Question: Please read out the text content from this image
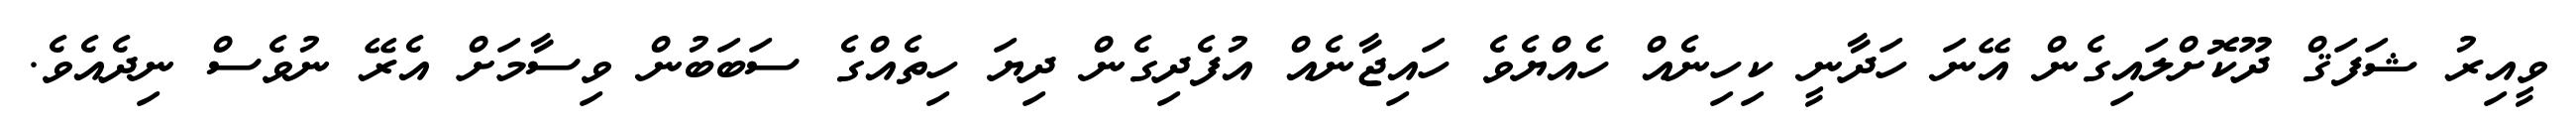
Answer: ވީއިރު ޝަފަޤް ދޫކޮށްލައިގެން އޭނަ ހަދާނީ ކިހިނެއް ހެއްޔެވެ ހައިޖާނެއް އުފެދިގެން ދިޔަ ހިތެއްގެ ސަބަބުން ވިސާމަށް އެރޭ ނުވެސް ނިދެއެވެ.